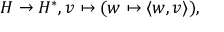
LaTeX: H \to H ^ { * } , v \mapsto ( w \mapsto \langle w , v \rangle ) ,